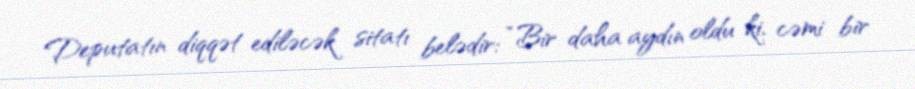
Deputatın diqqət ediləcək sitatı belədir: “Bir daha aydın oldu ki, cəmi bir